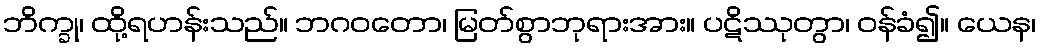
ဘိက္ခု၊ ထို့ရဟန်းသည်။ ဘဂဝတော၊ မြတ်စွာဘုရားအား။ ပဋိဿုတွာ၊ ဝန်ခံ၍။ ယေန၊